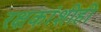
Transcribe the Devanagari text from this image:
रक्षकांशीही